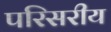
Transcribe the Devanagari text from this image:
परिसरीय